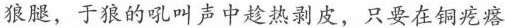
狼腿，于狼的吼叫声中趁热剥皮，只要在铜疙瘩